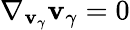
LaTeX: \nabla_{\mathbf{v}_{\gamma}}\mathbf{v}_{\gamma}=0